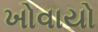
ખોવાયો